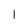
Character: 1